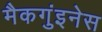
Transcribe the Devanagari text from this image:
मैकगुंइनेस